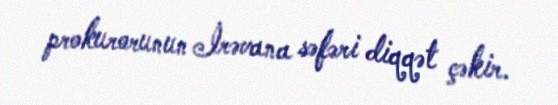
prokurorunun İrəvana səfəri diqqət çəkir.